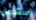
مشعل